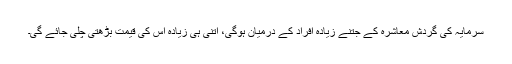
سرمایہ کی گردش معاشرہ کے جتنے زیادہ افراد کے درمیان ہوگی، اتنی ہی زیادہ اس کی قیمت بڑھتی چلی جائے گی۔